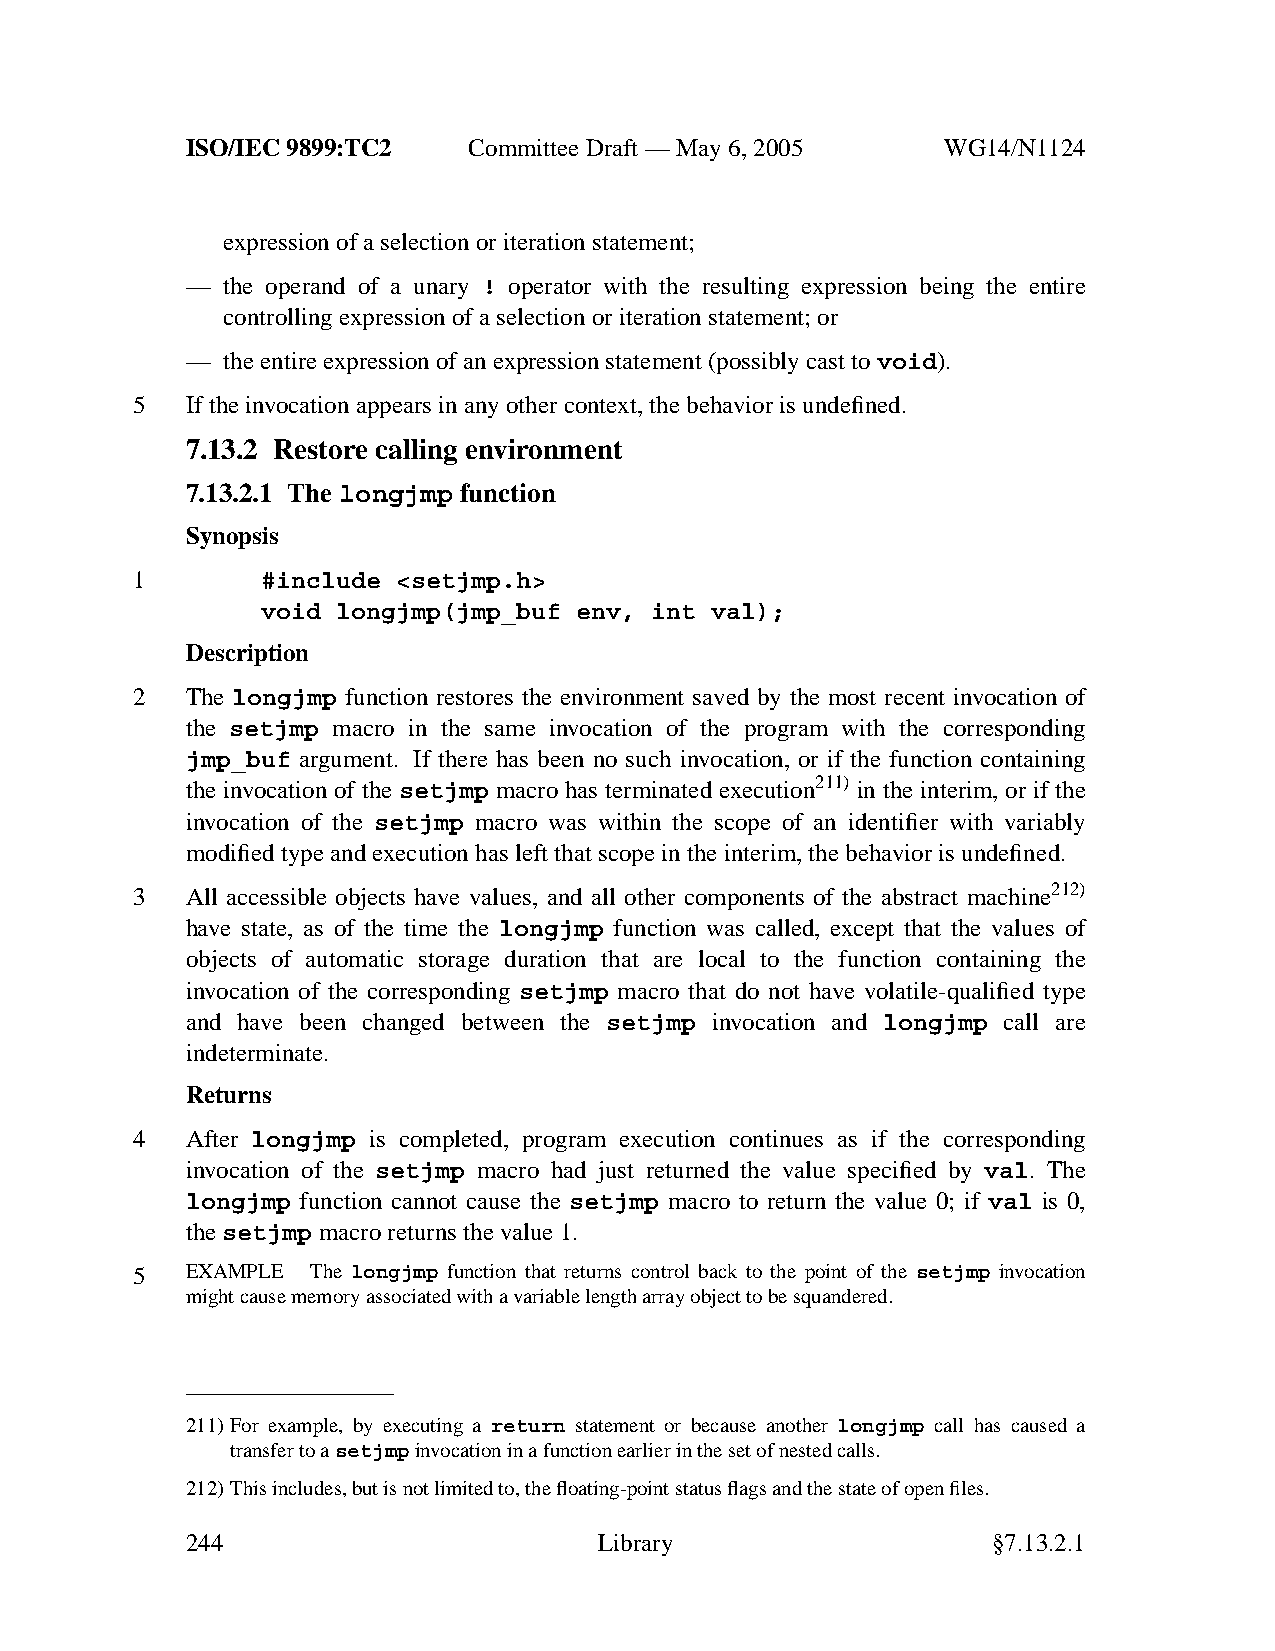
ISO/IEC 9899:TC2   Committee Draft — May 6, 2005   WG14/N1124
 expression of a selection or iteration statement;
 —  the operand of a unary ! operator with the resulting expression being the entire
 controlling expression of a selection or iteration statement; or
 —  the entire expression of an expression statement (possibly cast to void).
 5  If the invocation appears in anyother context, the behavior is undefined.
 7.13.2 Restore calling environment
 7.13.2.1 The longjmp function
 Synopsis
 1       #include <setjmp.h>
 void longjmp(jmp_buf env, int val);
 Description
 2  The longjmp function restores the environment saved by the most recent invocation of
 the setjmp macro in the same invocation of the program with the corresponding
 jmp_buf argument. If there has been no such invocation, or if the function containing
 the invocation of the setjmp macro has terminated execution211) in the interim, or if the
 invocation of the setjmp macro was within the scope of an identifier with variably
 modified type and execution has left that scope in the interim, the behavior is undefined.
 3  All accessible objects have values, and all other components of the abstract machine212)
 have state, as of the time the longjmp function was called, except that the values of
 objects of automatic storage duration that are local to the function containing the
 invocation of the corresponding setjmp macro that do not have volatile-qualified type
 and have been changed between the setjmp invocation and longjmp call are
 indeterminate.
 Returns
 4  After longjmp is completed, program execution continues as if the corresponding
 invocation of the setjmp macro had just returned the value specified by val. The
 longjmp function cannot cause the setjmp macro to return the value 0; if val is 0,
 thesetjmp macro returns the value 1.
 5  EXAMPLE  The longjmp function that returns control back to the point of the setjmp invocation
 might cause memory associated with a variable length array object to be squandered.
 211)For example, by executing a return statement or because another longjmp call has caused a
 transfer to asetjmpinvocation in a function earlier in the set of nested calls.
 212)This includes, but is not limited to, the floating-point status flags and the state of open files.
 244                         Library                   §7.13.2.1